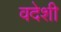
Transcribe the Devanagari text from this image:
वदेशी